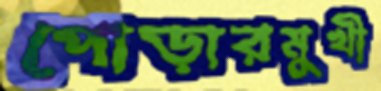
পোড়ারমুখী